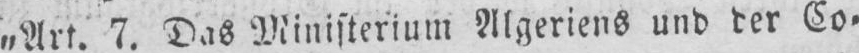
„Art. 7. Das Ministerium Algeriens und der Co⸗